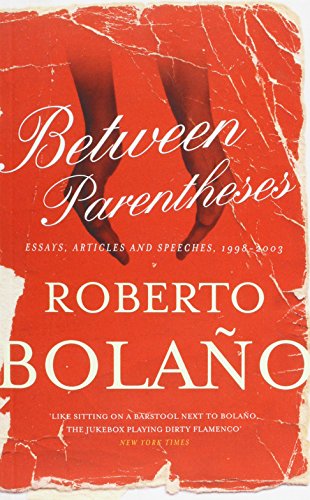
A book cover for Between Parentheses: Essays, Articles and Speeches, 1998-2003; Roberto Bolano; Literature & Fiction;